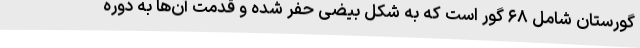
گورستان شامل ۶۸ گور است که به شکل بیضی حفر شده و قدمت آن‌ها به دوره